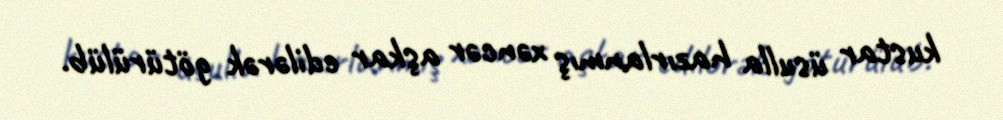
kustar üsulla hazırlanmış xəncər aşkar edilərək götürülüb.